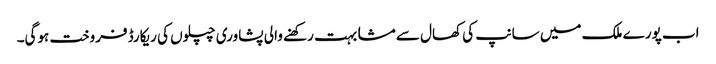
اب پورے ملک میں سانپ کی کھال سے مشابہت رکھنے والی پشاوری چپلوں کی ریکارڈ فروخت ہوگی۔